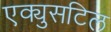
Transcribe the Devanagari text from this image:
एक्युसटिल